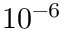
1 0 ^ { - 6 }